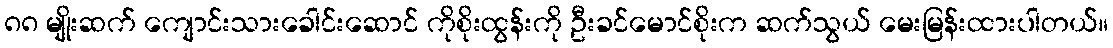
၈၈ မျိုးဆက် ကျောင်းသားခေါင်းဆောင် ကိုစိုးထွန်းကို ဦးခင်မောင်စိုးက ဆက်သွယ် မေးမြန်းထားပါတယ်။